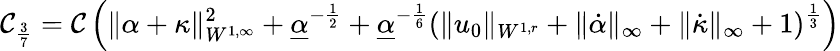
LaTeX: \mathcal{C}_{\frac{{3}}{{7}}}=\mathcal{C}\left(\| \alpha+\kappa\| _{W^{1,\infty}}^{2}+\underline{{{\alpha}}}^{-\frac{{1}}{{2}}}+\underline{{{\alpha}}}^{-\frac{{1}}{{6}}}(\| u_{0}\| _{W^{1,r}}+\| \dot{{\alpha}}\| _{\infty}+\| \dot{{\kappa}}\| _{\infty}+1)^{\frac{{1}}{{3}}}\right)